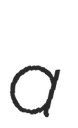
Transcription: a